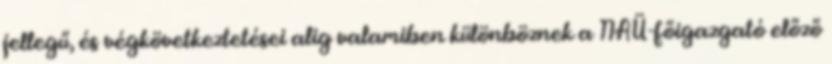
jellegű, és végkövetkeztetései alig valamiben különböznek a NAÜ-főigazgató előző